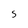
Character: 5